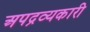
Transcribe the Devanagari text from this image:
अपद्रव्यकारी